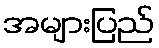
အများပြည်